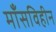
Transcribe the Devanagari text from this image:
माँसविहीन